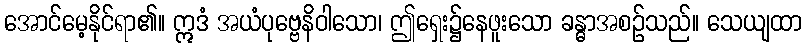
အောင်မေ့နိုင်ရာ၏။ ဣဒံ အယံပုဗ္ဗေနိဝါသော၊ ဤရှေး၌နေဖူးသော ခန္ဓာအစဉ်သည်။ သေယျထာ